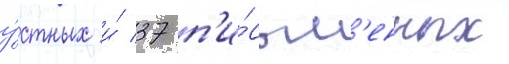
у́стных и́ 37 п'и́сьм'енных